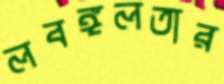
লবঙ্গলতার